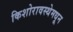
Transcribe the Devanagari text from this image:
किशोरावस्थेमधून